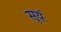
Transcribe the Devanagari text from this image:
सूर्यः